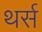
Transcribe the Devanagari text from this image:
थर्स